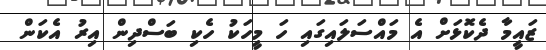
ޒައީމާ ދެކޮޅަށް އެ މައްސަލައިގައި ހަ މީހަކު ހެކި ބަސްދިން އިރު އެކަން